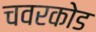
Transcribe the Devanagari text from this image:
चवरकोड